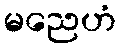
မညေဟံ